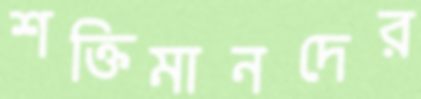
শক্তিমানদের